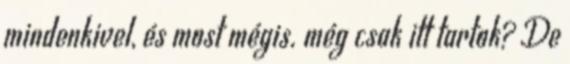
mindenkivel, és most mégis. még csak itt tartok? De